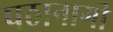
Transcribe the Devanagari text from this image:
पठानागी